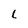
Character: L